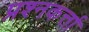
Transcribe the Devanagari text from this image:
प्रश्नकर्त्ता